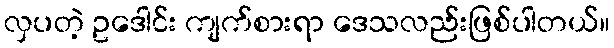
လှပတဲ့ ဥဒေါင်း ကျက်စားရာ ဒေသလည်းဖြစ်ပါတယ်။